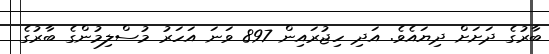
ބާރުގެ ދަށަށް ދިޔައެވެ. އަދި ހިޖުރައިން 897 ވަނަ އަހަރު މުސްލިމުންގެ ބާރުގެ